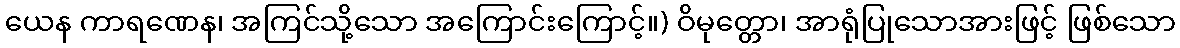
ယေန ကာရဏေန၊ အကြင်သို့သော အကြောင်းကြောင့်။) ဝိမုတ္တော၊ အာရုံပြုသောအားဖြင့် ဖြစ်သော